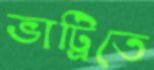
ভাট্রিতে